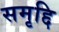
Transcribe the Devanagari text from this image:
समृद्दि